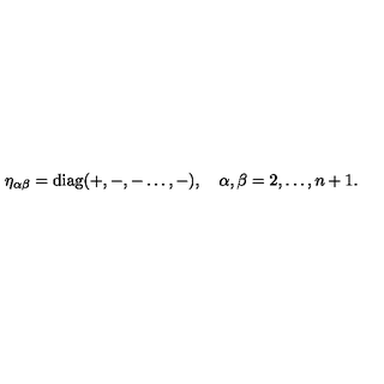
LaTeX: \eta _ { \alpha \beta } = \mathrm { d i a g } ( + , - , - \dots , - ) , \quad \alpha , \beta = 2 , \dots , n + 1 .